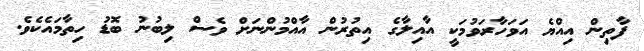
ފާތިން އިއްޔެ އަވަހާރަވުމަކީ އާއިލާގެ އިތުރުން އާއްމުންނަށް ވެސް ލިބުނު ބޮޑު ހިތާމައެކެވެ.